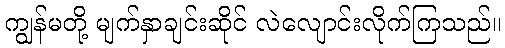
ကျွန်မတို့ မျက်နှာချင်းဆိုင် လဲလျောင်းလိုက်ကြသည်။